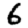
Digit: 6